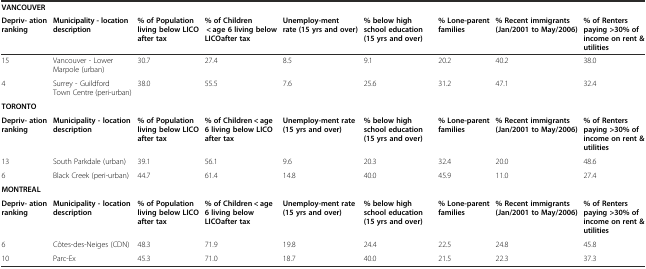
<table><thead><tr><td colspan="9"><b>VANCOUVER</b></td></tr><tr><td><b>Depriv- ation ranking</b></td><td><b>Municipality - location description</b></td><td><b>% of Population living below LICO after tax</b></td><td><b>% of Children &lt; age 6 living below LICOafter tax</b></td><td><b>Unemploy-ment rate (15 yrs and over)</b></td><td><b>% below high school education (15 yrs and over)</b></td><td><b>% Lone-parent families</b></td><td><b>% Recent immigrants (Jan/2001 to May/2006)</b></td><td><b>% of Renters paying &gt;30% of income on rent &amp; utilities</b></td></tr></thead><tbody><tr><td>15</td><td>Vancouver - Lower Marpole (urban)</td><td>30.7</td><td>27.4</td><td>8.5</td><td>9.1</td><td>20.2</td><td>40.2</td><td>38.0</td></tr><tr><td>4</td><td>Surrey - Guildford Town Centre (peri-urban)</td><td>38.0</td><td>55.5</td><td>7.6</td><td>25.6</td><td>31.2</td><td>47.1</td><td>32.4</td></tr><tr><td colspan="9"><b>TORONTO</b></td></tr><tr><td><b>Depriv- ation ranking</b></td><td><b>Municipality - location description</b></td><td><b>% of Population living below LICO after tax</b></td><td><b>% of Children &lt; age 6 living below LICO after tax</b></td><td><b>Unemploy-ment rate (15 yrs and over)</b></td><td><b>% below high school education (15 yrs and over)</b></td><td><b>% Lone-parent families</b></td><td><b>% Recent immigrants (Jan/2001 to May/2006)</b></td><td><b>% of Renters paying &gt;30% of income on rent &amp; utilities</b></td></tr><tr><td>13</td><td>South Parkdale (urban)</td><td>39.1</td><td>56.1</td><td>9.6</td><td>20.3</td><td>32.4</td><td>20.0</td><td>48.6</td></tr><tr><td>6</td><td>Black Creek (peri-urban)</td><td>44.7</td><td>61.4</td><td>14.8</td><td>40.0</td><td>45.9</td><td>11.0</td><td>27.4</td></tr><tr><td colspan="9"><b>MONTREAL</b></td></tr><tr><td><b>Depriv- ation ranking</b></td><td><b>Municipality - location description</b></td><td><b>% of Population living below LICO </b><b>after tax</b></td><td><b>% of Children &lt; age 6 living below LICO</b><b>after tax</b></td><td><b>Unemploy-ment rate (15 yrs and over)</b></td><td><b>% below high school education (15 yrs and over)</b></td><td><b>% Lone-parent families</b></td><td><b>% Recent immigrants (Jan/2001 to May/2006)</b></td><td><b>% of Renters paying &gt;30% of income on rent &amp; utilities</b></td></tr><tr><td>6</td><td>Côtes-des-Neiges (CDN)</td><td>48.3</td><td>71.9</td><td>19.8</td><td>24.4</td><td>22.5</td><td>24.8</td><td>45.8</td></tr><tr><td>10</td><td>Parc-Ex</td><td>45.3</td><td>71.0</td><td>18.7</td><td>40.0</td><td>21.5</td><td>22.3</td><td>37.3</td></tr></tbody></table>